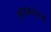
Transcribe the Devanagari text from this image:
सायकालोजी